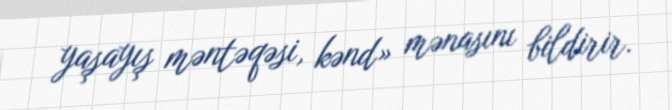
yaşayış məntəqəsi, kənd» mənasını bildirir.